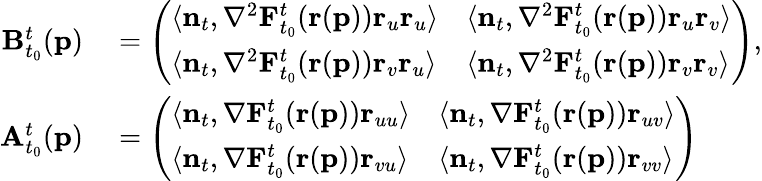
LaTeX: \begin{array}{rl}{\mathbf{B}_{t_{0}}^{t}(\mathbf{p})}&{{}=\left(\begin{array}{ll}{\langle\mathbf{n}_{t},\mathbf{\nabla}^{2}\mathbf{F}_{t_{0}}^{t}(\mathbf{r}(\mathbf{p}))\mathbf{r}_{u}\mathbf{r}_{u}\rangle}&{\langle\mathbf{n}_{t},\mathbf{\nabla}^{2}\mathbf{F}_{t_{0}}^{t}(\mathbf{r}(\mathbf{p}))\mathbf{r}_{u}\mathbf{r}_{v}\rangle}\\ {\langle\mathbf{n}_{t},\mathbf{\nabla}^{2}\mathbf{F}_{t_{0}}^{t}(\mathbf{r}(\mathbf{p}))\mathbf{r}_{v}\mathbf{r}_{u}\rangle}&{\langle\mathbf{n}_{t},\mathbf{\nabla}^{2}\mathbf{F}_{t_{0}}^{t}(\mathbf{r}(\mathbf{p}))\mathbf{r}_{v}\mathbf{r}_{v}\rangle}\end{array}\right),}\\ {\mathbf{A}_{t_{0}}^{t}(\mathbf{p})}&{{}=\left(\begin{array}{ll}{\langle\mathbf{n}_{t},\mathbf{\nabla}\mathbf{F}_{t_{0}}^{t}(\mathbf{r}(\mathbf{p}))\mathbf{r}_{uu}\rangle}&{\langle\mathbf{n}_{t},\mathbf{\nabla}\mathbf{F}_{t_{0}}^{t}(\mathbf{r}(\mathbf{p}))\mathbf{r}_{uv}\rangle}\\ {\langle\mathbf{n}_{t},\mathbf{\nabla}\mathbf{F}_{t_{0}}^{t}(\mathbf{r}(\mathbf{p}))\mathbf{r}_{vu}\rangle}&{\langle\mathbf{n}_{t},\mathbf{\nabla}\mathbf{F}_{t_{0}}^{t}(\mathbf{r}(\mathbf{p}))\mathbf{r}_{vv}\rangle}\end{array}\right)}\end{array}